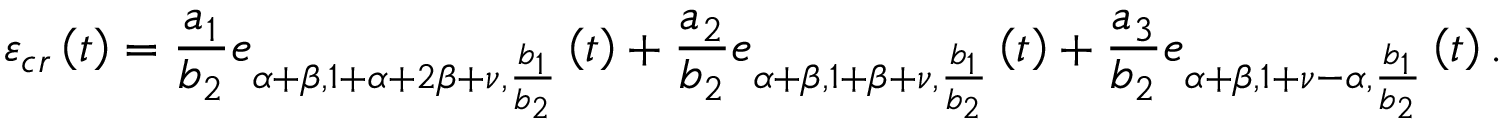
\varepsilon _ { c r } \left( t \right) = \frac { a _ { 1 } } { b _ { 2 } } e _ { \alpha + \beta , 1 + \alpha + 2 \beta + \nu , \frac { b _ { 1 } } { b _ { 2 } } } \left( t \right) + \frac { a _ { 2 } } { b _ { 2 } } e _ { \alpha + \beta , 1 + \beta + \nu , \frac { b _ { 1 } } { b _ { 2 } } } \left( t \right) + \frac { a _ { 3 } } { b _ { 2 } } e _ { \alpha + \beta , 1 + \nu - \alpha , \frac { b _ { 1 } } { b _ { 2 } } } \left( t \right) .